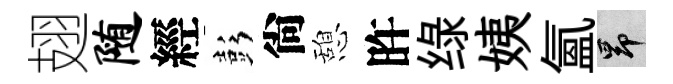
翅随經彭尙憩旿绿姨氳昂